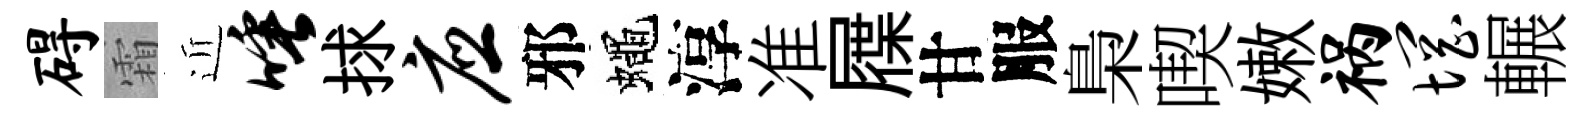
碍霜近唾捄应邪蠅淳准屧甘服梟喫嫩祸惘輾